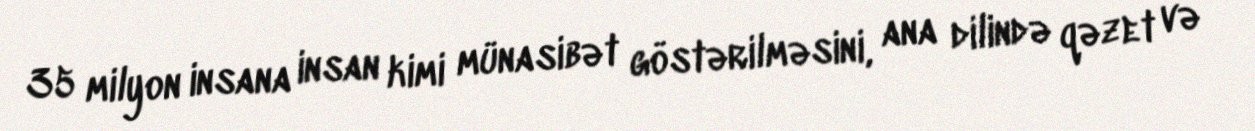
35 milyon insana insan kimi münasibət göstərilməsini, ana dilində qəzet və